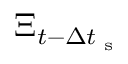
\Xi _ { t - \Delta t _ { \textrm { s } } }